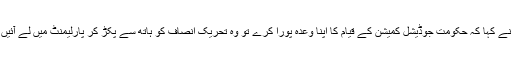
انہوں نے کہا کہ حکومت جوڈیشل کمیشن کے قیام کا اپنا وعدہ پورا کرے تو وہ تحریک انصاف کو ہاتھ سے پکڑ کر پارلیمنٹ میں لے آئیں گے ۔